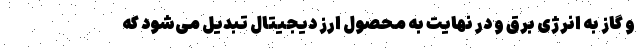
و گاز به انرژی برق و در نهایت به محصول ارز دیجیتال تبدیل می‌شود که